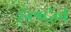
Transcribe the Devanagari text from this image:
हल्ब्दन